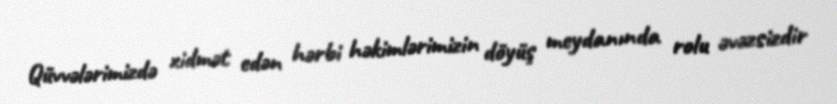
Qüvvələrimizdə xidmət edən hərbi həkimlərimizin döyüş meydanında rolu əvəzsizdir